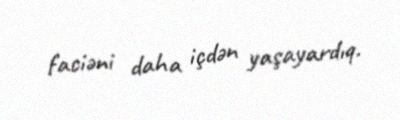
faciəni daha içdən yaşayardıq.